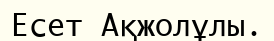
Есет Ақжолұлы.